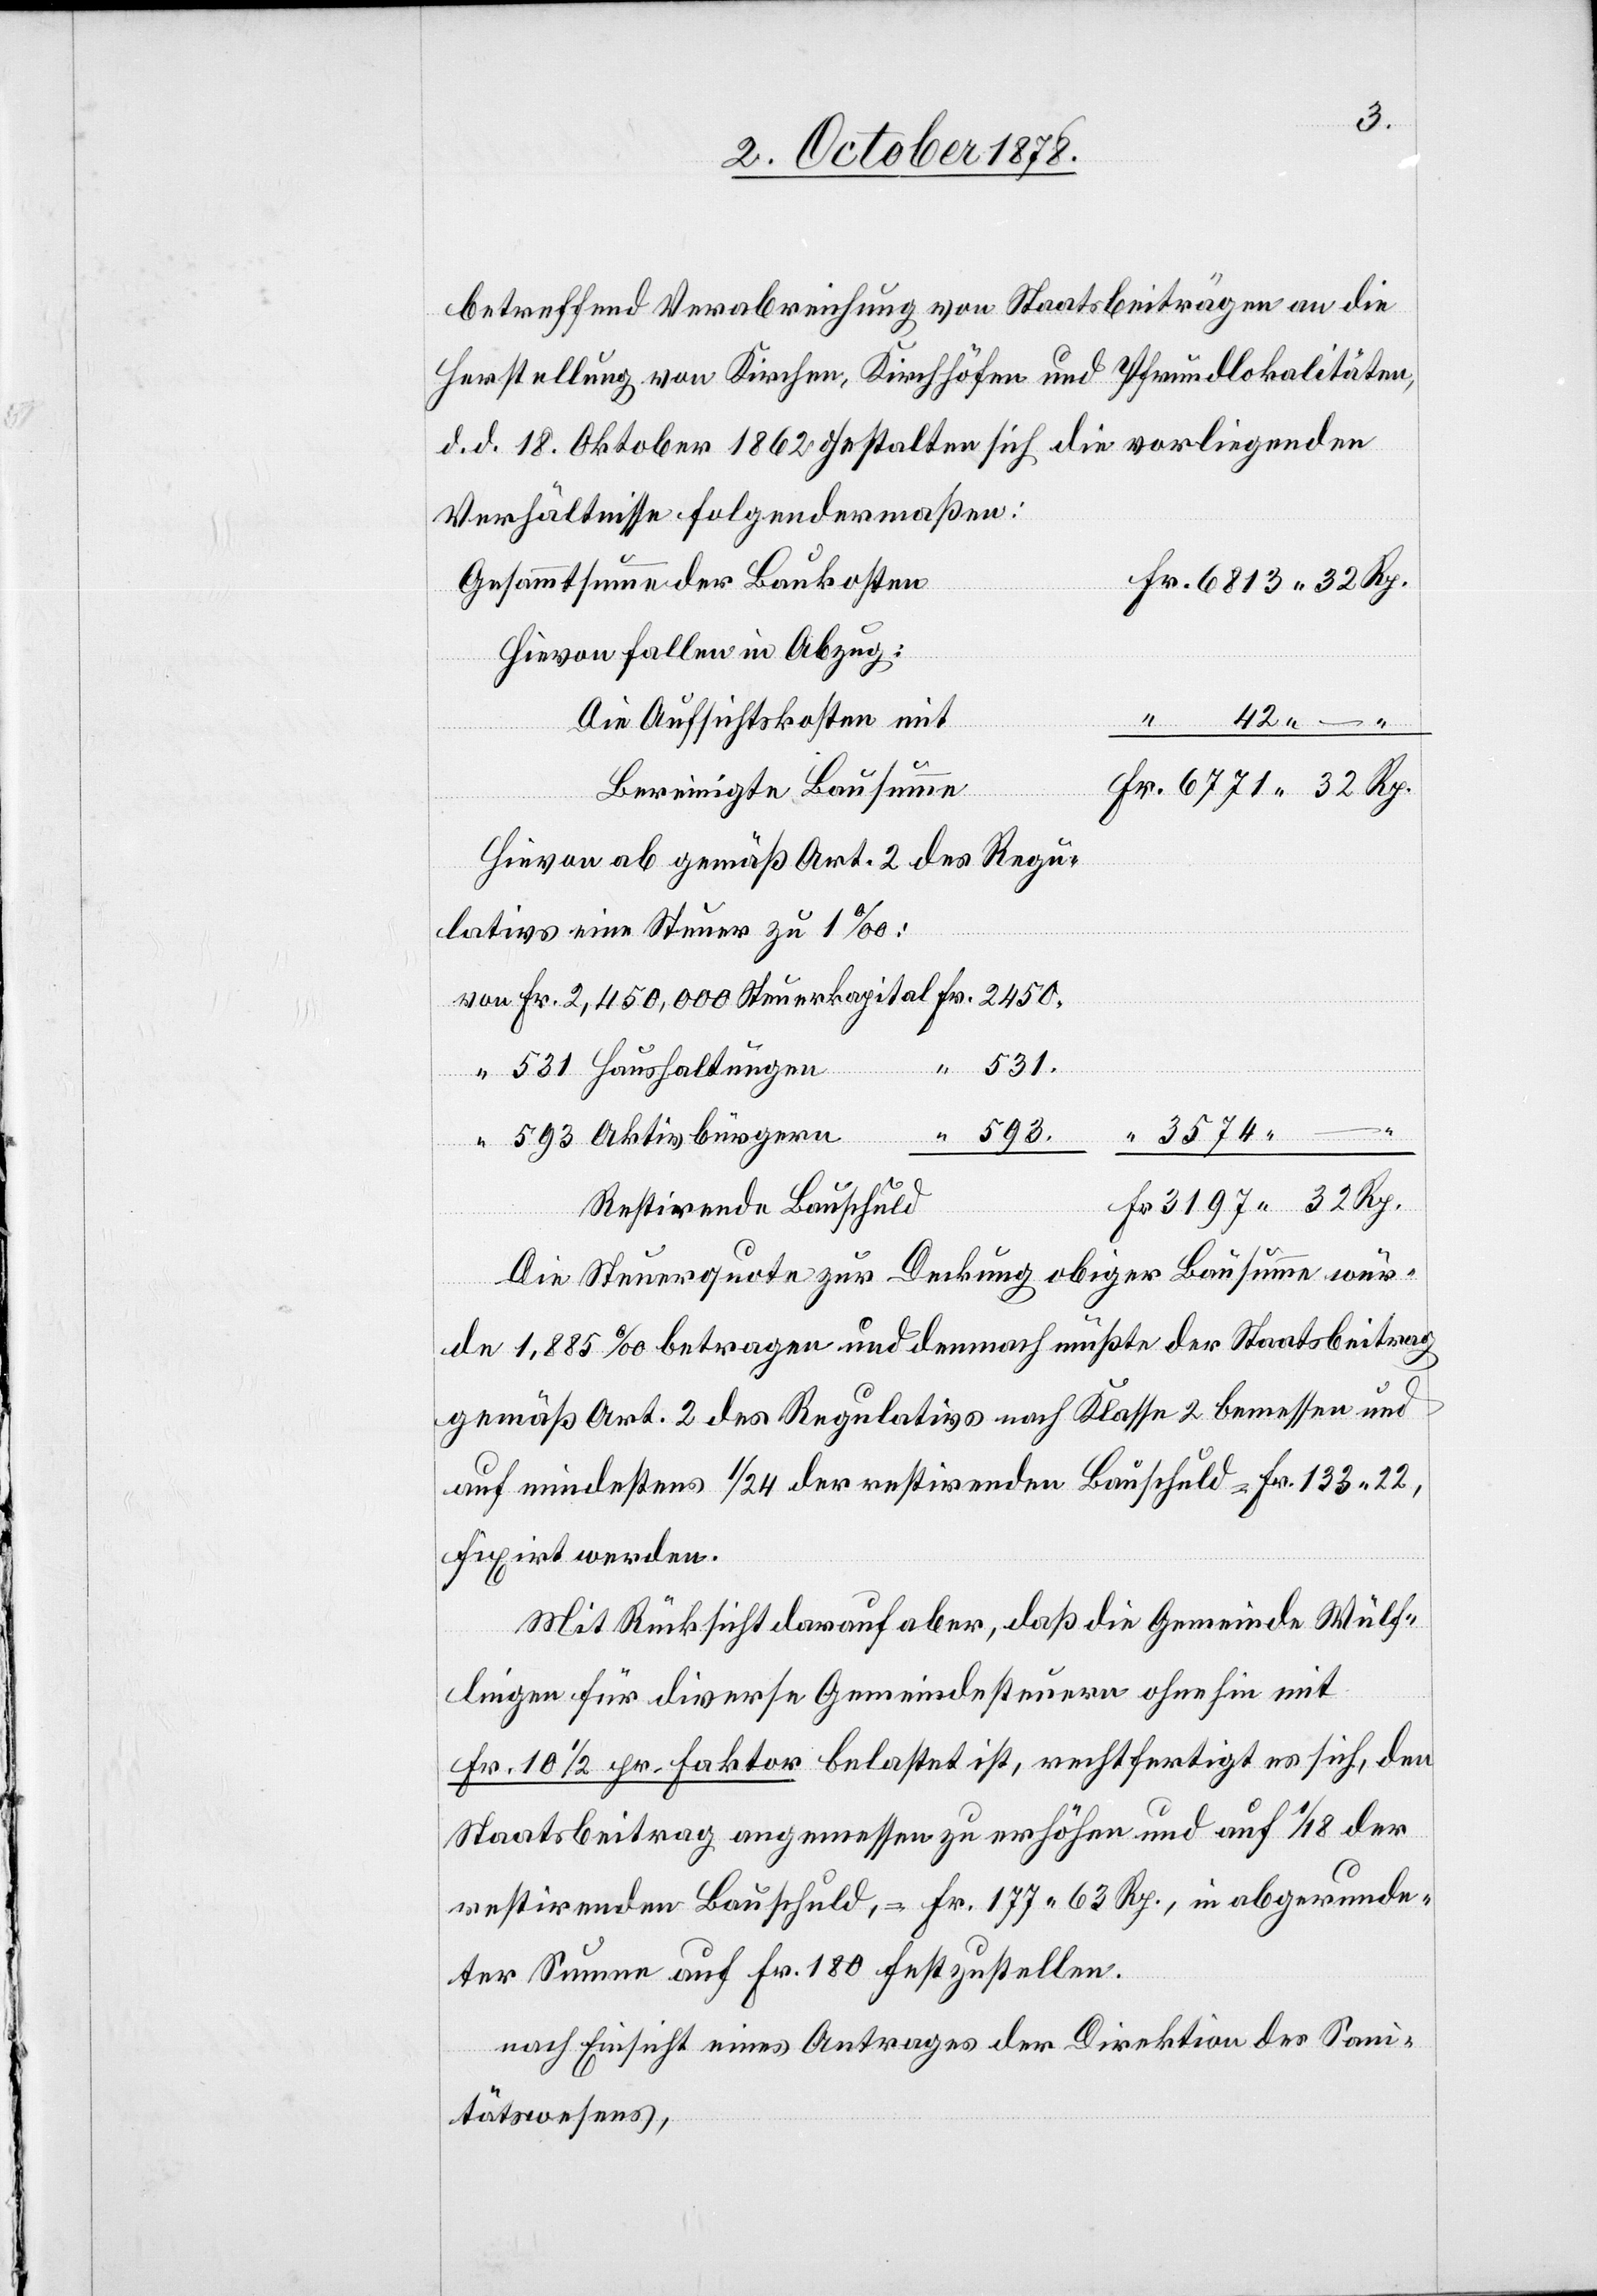
betreffend Verabreichung von Staatsbeiträgen an die
Herstellung von Kirchen, Kirchhöfen und Pfrundlokalitäten,
d. d. 18. Oktober 1862 gestalten sich die vorliegenden
Verhältnisse folgendermaßen:
Gesammtsumme der Baukosten
Hievon fallen in Abzug:
42
Die Aufsichtskosten mit
Bereinigte Bausumme
Hievon ab gemäß Art. 2 des Regu¬
lativs eine Steuer zu 1‰:
“ 531 Haushaltungen
“ 593 Aktivbürgern
Restirende Bauschuld
Die Steuerquote zur Deckung obiger Bausumme wür¬
Rp.
de 1,855‰ betragen und demnach müßte der Staatsbeitrag
gemäß Art. 2 des Regulativs nach Klasse 2 bemessen und
auf mindestens 1/24 der restirenden Bauschuld = Fr. 133,22,
fixirt werden.
Mit Rücksicht daraf aber, daß die Gemeinde Wülf¬
lingen für diverse Gemeindesteuern ohnehin mit
Fr. 10 1/2 pr. Faktor belastet ist, rechtfertigt es sich, den
Staatsbeitrag angemessen zu erhöhen und auf 1/18 der
restirenden Bauschuld, = Fr. 177 63 Rp., in abgerunde¬
ter summe auf Fr. 180 festzustellen.
nach Einsicht eines Antrages der Direktion des Sani¬
tätswesens,